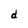
Character: d